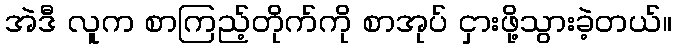
အဲဒီ လူက စာကြည့်တိုက်ကို စာအုပ် ငှားဖို့သွားခဲ့တယ်။